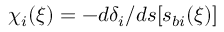
\chi _ { i } ( \xi ) = - d \delta _ { i } / d s [ s _ { b i } ( \xi ) ]